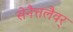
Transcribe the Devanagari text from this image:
सेनैत्तलैवर्